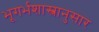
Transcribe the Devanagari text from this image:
भूगर्भशास्त्रानुसार